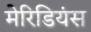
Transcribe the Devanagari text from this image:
मेरिडियंस